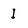
Character: I